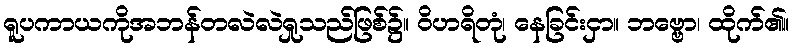
ရူပကာယကိုအဘန်တလဲလဲရှုသည်ဖြစ်၌။ ဝိဟရိတုံ၊ နေခြင်းငှာ။ ဘဗ္ဗော၊ ထိုက်၏။